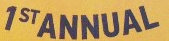
1ST ANNUAL